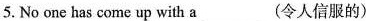
5.No one has come up with a___(令人信服的)